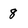
Character: 8